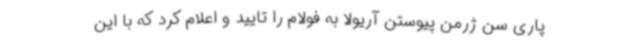
پاری سن ژرمن پیوستن آریولا به فولام را تایید و اعلام کرد که با این